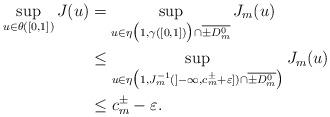
LaTeX: \begin{align*}\sup_{\substack{u\in\theta([0,1])}}J(u)&=\sup_{\substack{u\in\eta\big(1,\gamma([0,1])\big)\cap \overline{\pm D^0_m}}}J_m(u)\\&\leq \sup_{\substack{u\in\eta\big(1,J_m^{-1}(]-\infty,c^\pm_{m}+\varepsilon])\cap \overline{\pm D^0_m}\big)}}J_m(u)\\&\leq c^\pm_{m}-\varepsilon.\end{align*}